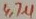
Text: 4,7µ